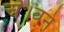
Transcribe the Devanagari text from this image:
च।वने